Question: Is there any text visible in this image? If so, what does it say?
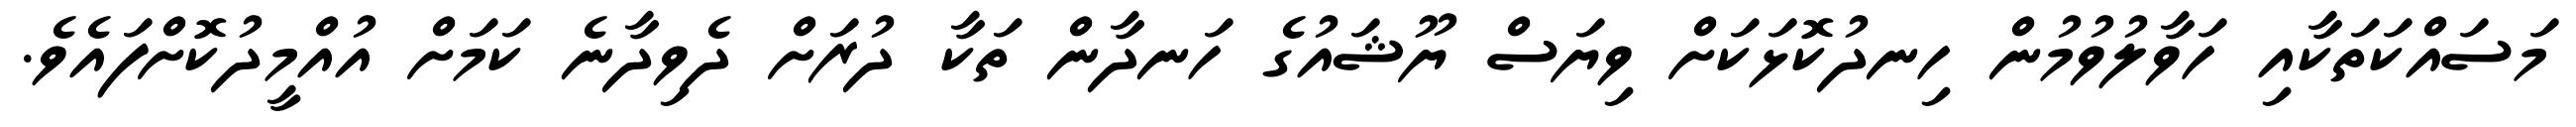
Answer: މަސައްކަތަކާއި ހަވާލުވުމުން ހިނދުކޮޅަކަށް ވިޔަސް ޔޫޝައުގެ ހަނދާން ތަކާ ދުރަށް ދެވިދާނެ ކަމަށް އުއްމީދުކޮށްފައެވެ.